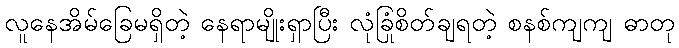
လူနေအိမ်ခြေမရှိတဲ့ နေရာမျိုးရှာပြီး လုံခြုံစိတ်ချရတဲ့ စနစ်ကျကျ ဓာတု